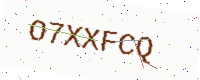
Text: O7XXFCQ